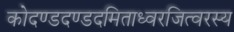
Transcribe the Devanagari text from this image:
कोदण्डदण्डदमिताध्वरजित्वरस्य